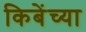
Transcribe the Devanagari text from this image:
किबेंच्या